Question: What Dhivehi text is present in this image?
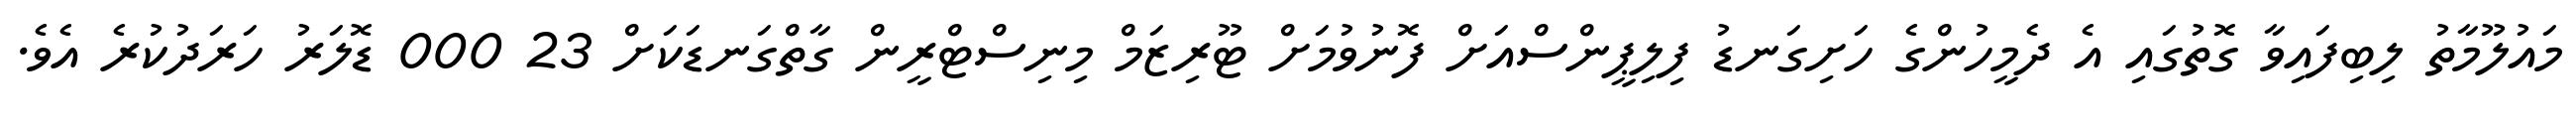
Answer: މައުލޫމާތު ލިބިފައިވާ ގޮތުގައި އެ ދެމީހުންގެ ހަށިގަނޑު ފިލިޕީންސްއަށް ފޮނުވުމަށް ޓޫރިޒަމް މިނިސްޓްރީން ގާތްގަނޑަކަށް 23 000 ޑޮލަރު ހަރަދުކުރެ އެވެ.